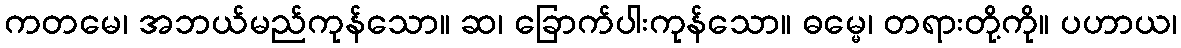
ကတမေ၊ အဘယ်မည်ကုန်သော။ ဆ၊ ခြောက်ပါးကုန်သော။ ဓမ္မေ၊ တရားတို့ကို။ ပဟာယ၊